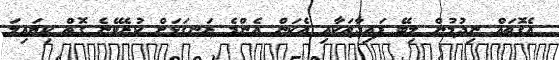
އެގޮތައް ނިދުމުން ލިބޭ ފައިދާތަކާއި އެކަން އެންމެ ރަނގަޅަށް ކުރެވޭނެ ގޮތް ކިޔައިލަ